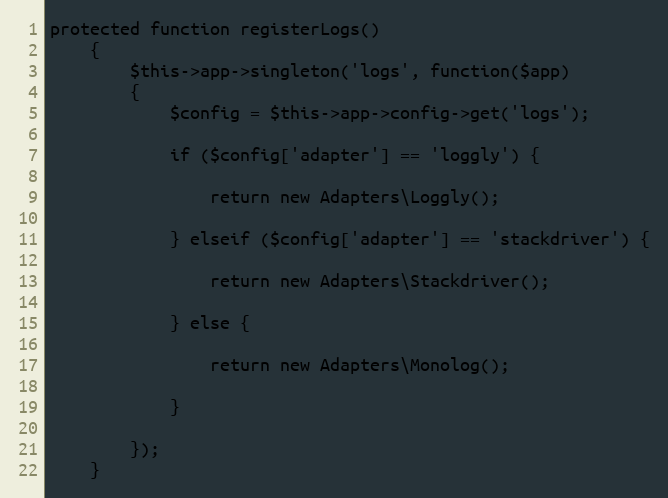
Language: PHP
protected function registerLogs()
    {
        $this->app->singleton('logs', function($app)
        {
            $config = $this->app->config->get('logs');

            if ($config['adapter'] == 'loggly') {

                return new Adapters\Loggly();

            } elseif ($config['adapter'] == 'stackdriver') {

                return new Adapters\Stackdriver();

            } else {

                return new Adapters\Monolog();

            }

        });
    }